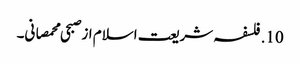
10. فلسفہ شریعت اسلام از صبحی محمصانی۔